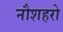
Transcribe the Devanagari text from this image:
नौशहरो